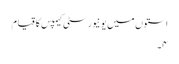
استوں میں یونیورسٹی کیمپس کا قیام
۴۔